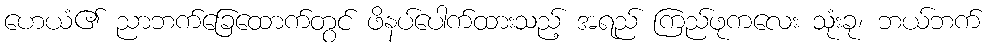
ဟေယံ၏ ညာဘက်ခြေထောက်တွင် ဖိနပ်ပေါက်ထားသည့် အရည် ကြည်ဖုကလေး သုံးခု၊ ဘယ်ဘက်